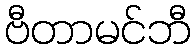
ဗီတာမင်ဘီ